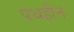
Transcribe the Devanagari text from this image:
पथहीन